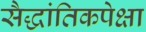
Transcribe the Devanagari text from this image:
सैद्धांतिकपेक्षा